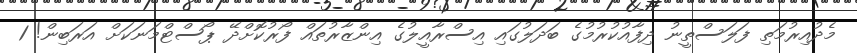
މެދުއިރުމަތި ފަލަސްތީނު ދިފާއުކުރުމުގެ ބަދަލުގައި އިސްރާއީލުގެ އިންޒާރުތައް ފޯރުކޮށްދޭ ޕޯސްޓްމަނަކަށް އަރަބިން! 1